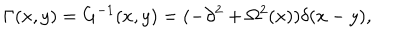
LaTeX: \Gamma ( x , y ) = G ^ { - 1 } ( x , y ) = ( - \partial ^ { 2 } + \Omega ^ { 2 } ( x ) ) \delta ( x - y ) ,